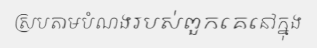
ស្របតាមបំណងរបស់ពួកគេនៅក្នុង